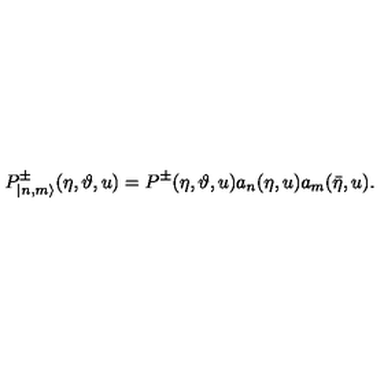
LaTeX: P _ { | n , m \rangle } ^ { \pm } ( \eta , \vartheta , u ) = P ^ { \pm } ( \eta , \vartheta , u ) a _ { n } ( \eta , u ) a _ { m } ( \bar { \eta } , u ) .